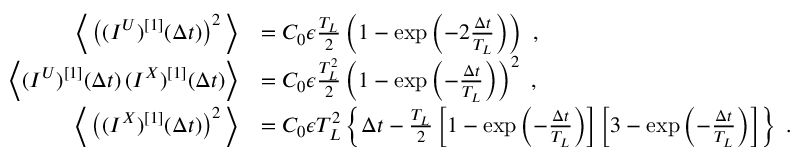
\begin{array} { r l } { \bigg \langle \left( ( I ^ { U } ) ^ { [ 1 ] } ( \Delta t ) \right) ^ { 2 } \bigg \rangle } & { = C _ { 0 } \epsilon \frac { T _ { L } } { 2 } \left( 1 - \exp \left( - 2 \frac { \Delta t } { T _ { L } } \right) \right) ~ , } \\ { \bigg \langle ( I ^ { U } ) ^ { [ 1 ] } ( \Delta t ) \, ( I ^ { X } ) ^ { [ 1 ] } ( \Delta t ) \bigg \rangle } & { = C _ { 0 } \epsilon \frac { T _ { L } ^ { 2 } } { 2 } \left( 1 - \exp \left( - \frac { \Delta t } { T _ { L } } \right) \right) ^ { 2 } ~ , } \\ { \bigg \langle \left( ( I ^ { X } ) ^ { [ 1 ] } ( \Delta t ) \right) ^ { 2 } \bigg \rangle } & { = C _ { 0 } \epsilon T _ { L } ^ { 2 } \left\{ \Delta t - \frac { T _ { L } } { 2 } \left[ 1 - \exp \left( - \frac { \Delta t } { T _ { L } } \right) \right] \left[ 3 - \exp \left( - \frac { \Delta t } { T _ { L } } \right) \right] \right\} ~ . } \end{array}